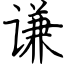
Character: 谦